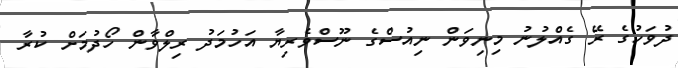
ދުވަހުގެ ރޭ ގެއްލުނު މިނިވަން ނިއުސްގެ ނޫސްވެރިޔާ އަހުމަދު ރިލްވާން ހޯދުމަށް ކުރާ